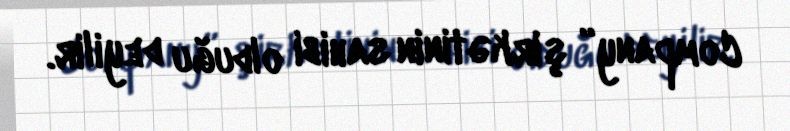
Company” şirkətinin sahibi olduğu deyilir.